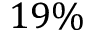
1 9 \%